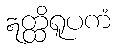
ဣတ္ထိရူပကံ